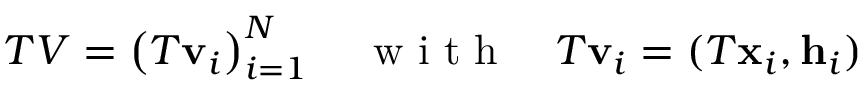
T V = \left( T \mathbf { v } _ { i } \right) _ { i = 1 } ^ { N } \quad \mathrm { ~ w ~ i ~ t ~ h ~ } \quad T \mathbf { v } _ { i } = ( T \mathbf { x } _ { i } , \mathbf { h } _ { i } )